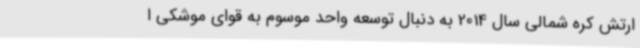
ارتش کره شمالی سال 2014 به دنبال توسعه واحد موسوم به قوای موشکی ا